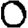
Digit: 0